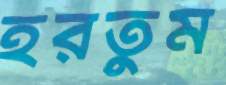
হরতুম